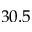
3 0 . 5